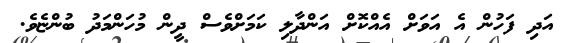
އަދި ފަހުން އެ އަވަށް އެއްކޮށް އަންދާލި ކަމަށްވެސް ދީން މުހަންމަދު ބުންޏެވެ.